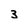
Character: 3